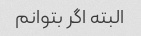
البته اگر بتوانم